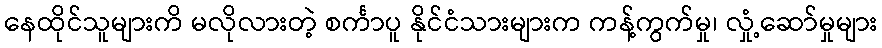
နေထိုင်သူများကိ မလိုလားတဲ့ စင်္ကာပူ နိုင်ငံသားများက ကန့်ကွက်မှု၊ လှုံ့ဆော်မှုများ